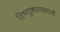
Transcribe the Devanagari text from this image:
विष्णुकात्यायनौ